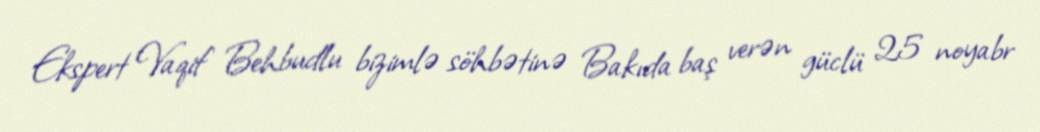
Ekspert Vaqif Behbudlu bizimlə söhbətinə Bakıda baş verən güclü 25 noyabr